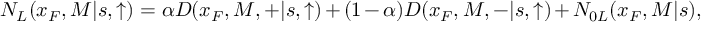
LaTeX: N _ { L } ( x _ { F } , M | s , \uparrow ) = \alpha D ( x _ { F } , M , + | s , \uparrow ) + ( 1 - \alpha ) D ( x _ { F } , M , - | s , \uparrow ) + N _ { 0 L } ( x _ { F } , M | s ) ,